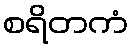
စရိတကံ